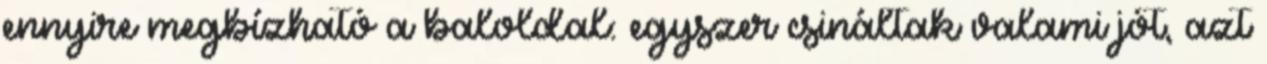
ennyire megbízható a baloldal: egyszer csináltak valami jót, azt